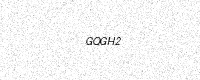
Text: GQGH2